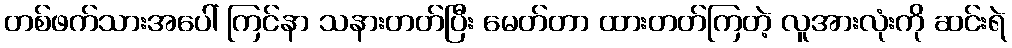
တစ်ဖက်သားအပေါ် ကြင်နာ သနားတတ်ပြီး မေတ်တာ ထားတတ်ကြတဲ့ လူအားလုံးကို ဆင်းရဲ